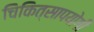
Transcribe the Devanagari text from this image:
चिकित्सापयोगी